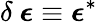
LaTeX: \delta\ {\boldsymbol{\epsilon}}\equiv{\boldsymbol{\epsilon}}^{*}